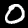
Label: 0